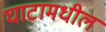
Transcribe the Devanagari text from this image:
घाटामधील